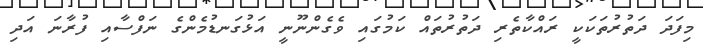
މިފަދަ ދަތުރުތަކަކީ ރައްކާތެރި ދަތުރުތައް ކަމުގައި ވެގެންނޫނީ އަޅުގަނޑުމެންގެ ނަފްސާއި ފުރާނަ އަދި